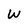
Character: W